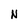
Character: N